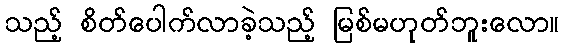
သည့် စိတ်ပေါက်လာခဲ့သည့် မြစ်မဟုတ်ဘူးလော။